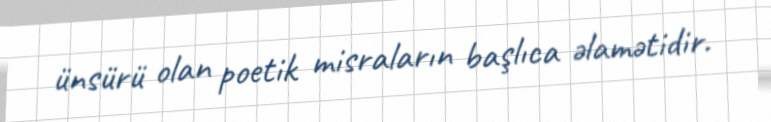
ünsürü olan poetik misraların başlıca əlamətidir.